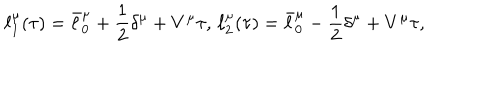
LaTeX: \ell _ { 1 } ^ { \mu } ( \tau ) = \bar { \ell } _ { 0 } ^ { \mu } + { \frac { 1 } { 2 } } \delta ^ { \mu } + V ^ { \mu } \tau , \, \ell _ { 2 } ^ { \mu } ( \tau ) = \bar { \ell } _ { 0 } ^ { \mu } - { \frac { 1 } { 2 } } \delta ^ { \mu } + V ^ { \mu } \tau ,